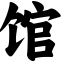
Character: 馆